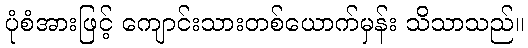
ပုံစံအားဖြင့် ကျောင်းသားတစ်ယောက်မှန်း သိသာသည်။